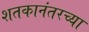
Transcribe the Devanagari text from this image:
शतकानंतरच्या